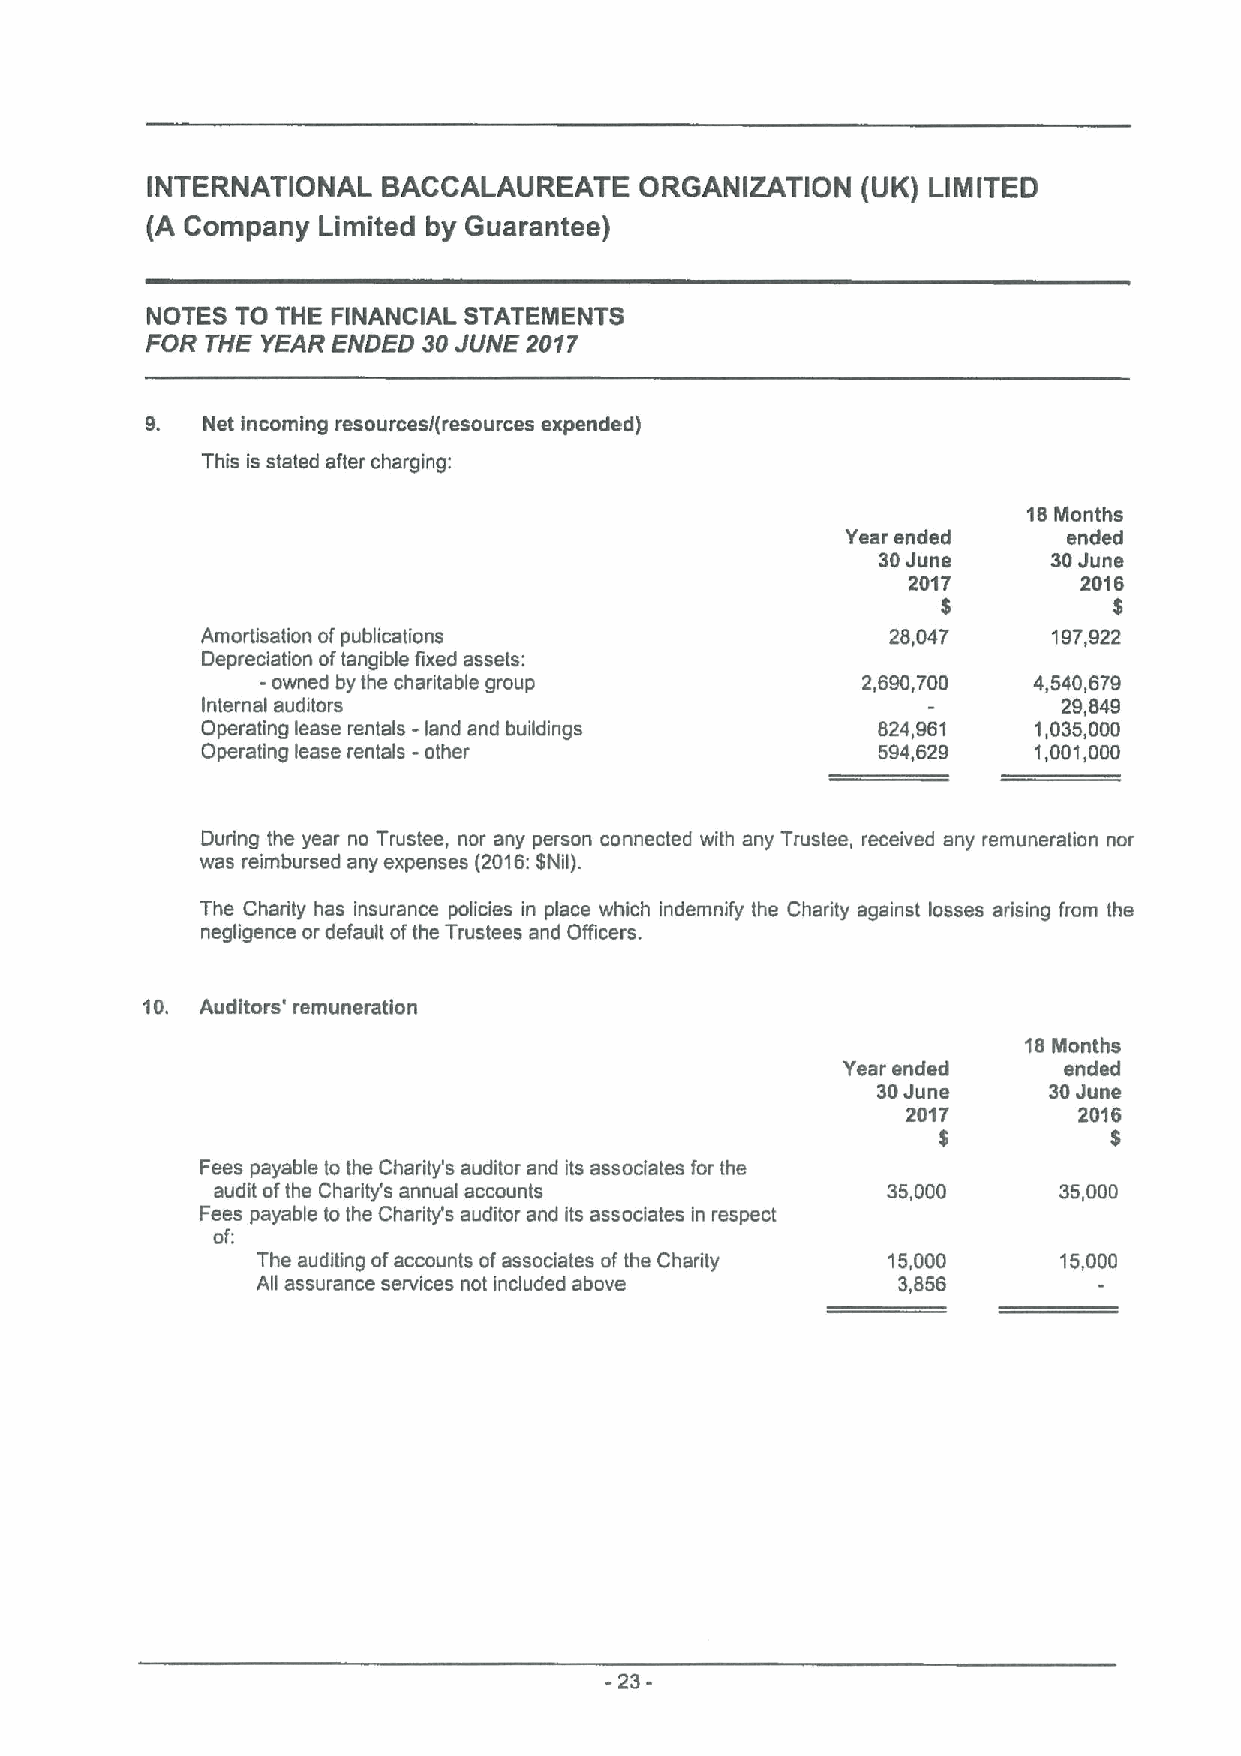
INTERNATIONAL  BACCALAUREATE    ORGANIZATION   (UK) LIMITED
 (A Company Limited by Guarantee)
 NOTES TO THE FINANCIAL STATEMENTS
 FOR THE YEAR ENDED 30JUNE 2017
 9. Net incoming resources/(resources expended)
 This is stated after charging:
 18Months
 Yearended      ended
 30June      30June
 2017        2016
 $           $
 Amortisation ofpublications                   28,047     197,922
 Depreciation oftangible fixed assets:
 - owned by the charitable group         2,690,700  4,540,679
 Internal auditors                                        29,849
 Operating lease rentals - land and buildings 824,961   1,035,000
 Operating lease rentals - other              594,629   1,001,000
 During the year no Trustee, nor any person connected with any Trustee, received any remuneration nor
 was reimbursed any expenses (2016:$Nil).
 The Charity has insurance policies in place which indemnify the Charity against losses arising from the
 negligence or default ofthe Trustees and Officer.
 10. Auditors' remuneration
 18Months
 Year ended    ended
 30June     30June
 2017       2016
 $          $
 Fees payable to the Charity's auditor and its associates for the
 audit ofthe Charity's annual accounts        35,000     35,000
 Fees payable to the Charttl/s auditor and its associates in respect
 of:
 The auditing ofaccounts ofassociates of the Charity 15,000 15,000
 All assurance services not included above 3,856
 -23-